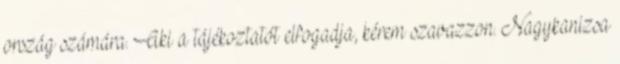
ország számára. Aki a tájékoztatót elfogadja, kérem szavazzon. Nagykanizsa